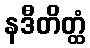
နဒီတိတ္ထံ